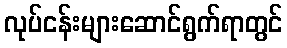
လုပ်ငန်းများဆောင်ရွက်ရာတွင်